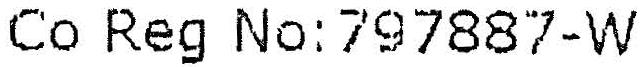
CO REG NO:797887-W